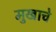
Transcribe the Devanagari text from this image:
मुखाचे